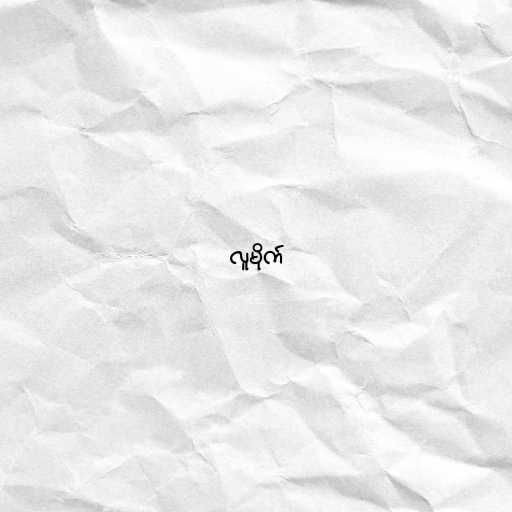
လူမိုက်